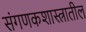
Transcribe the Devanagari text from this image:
संगणकशास्त्रातील